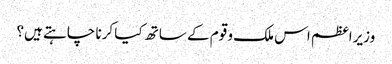
وزیراعظم اس ملک و قوم کے ساتھ کیا کرنا چاہتے ہیں؟